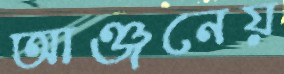
আঞ্জনেয়